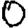
Digit: 0